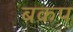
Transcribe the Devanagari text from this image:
बकप